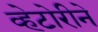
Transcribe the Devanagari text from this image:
व्हेटोरीने